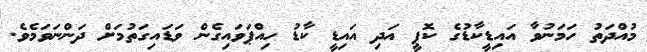
މުއްދަތު ހަމަނުވާ އައިޑީކާޑުގެ ކޮޕީ އަދި އައިޑީ ކާޑު ހިއްޕަވައިގެން ވަޑައިގަތުމަށް ދަންނަވަމެވެ.